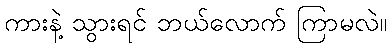
ကားနဲ့ သွားရင် ဘယ်လောက် ကြာမလဲ။